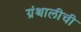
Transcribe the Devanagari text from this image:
ग्रंथालीची